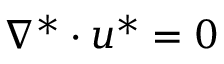
\begin{array} { r } { \nabla ^ { * } \cdot \boldsymbol { u } ^ { * } = 0 } \end{array}